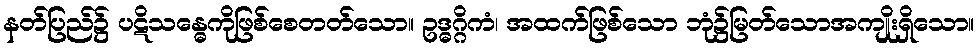
နတ်ပြည်၌ ပဋိသန္ဓေကိုဖြစ်စေတတ်သော။ ဥဒ္ဓဂ္ဂိကံ၊ အထက်ဖြစ်သော ဘုံ၌မြတ်သောအကျိုးရှိသော။